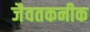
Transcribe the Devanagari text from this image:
जैवतकनीक